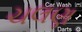
ચલણ